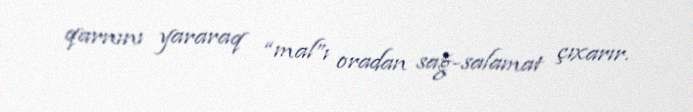
qarnını yararaq “mal”ı oradan sağ-salamat çıxarır.